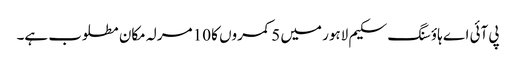
پی آئی اے ہاؤسنگ سکیم لاہور میں 5 کمروں کا 10 مرلہ مکان مطلوب ہے۔